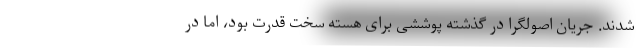
شدند. جریان اصولگرا در گذشته پوششی برای هسته سخت قدرت بود، اما در